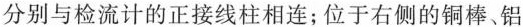
分别与检流计的正接线柱相连；位于右侧的铜棒、铝